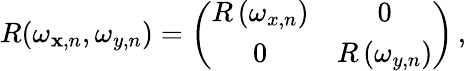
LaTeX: R(\omega_{\mathbf{x},n},\omega_{y,n})=\left(\begin{array}{cc}{R\left(\omega_{x,n}\right)}&{0}\\ {0}&{R\left(\omega_{y,n}\right)}\end{array}\right)\, ,